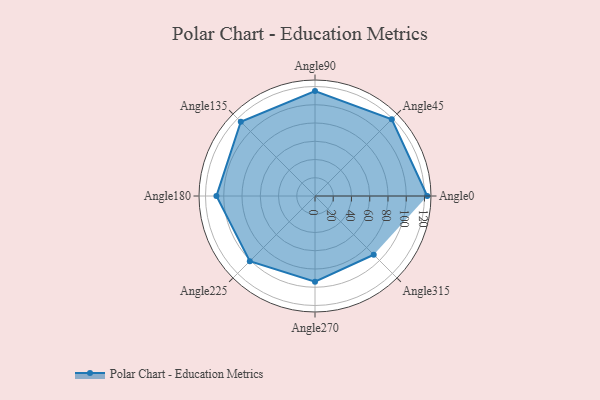
{"axis": {"x": "Angle", "y": "Radius"}, "legend": [""], "data": [{"x": "Angle0", "y": 123.0, "type": ""}, {"x": "Angle45", "y": 119.0, "type": ""}, {"x": "Angle90", "y": 115.0, "type": ""}, {"x": "Angle135", "y": 115.0, "type": ""}, {"x": "Angle180", "y": 108.0, "type": ""}, {"x": "Angle225", "y": 101.0, "type": ""}, {"x": "Angle270", "y": 94.0, "type": ""}, {"x": "Angle315", "y": 91.0, "type": ""}]}